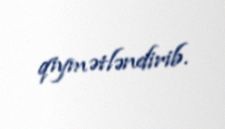
qiymətləndirib.